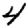
Digit: 4